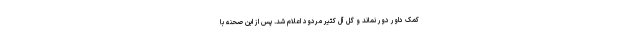
کمک داور دور نماند و گل آل کثیر مردود اعلام شد. پس از این صحنه با